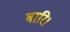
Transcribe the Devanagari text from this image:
बारि।